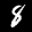
Label: 8